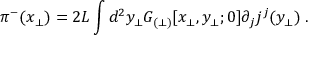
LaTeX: \pi ^ { - } ( x _ { \perp } ) = 2 L \int d ^ { 2 } y _ { \perp } { \cal G } _ { ( \perp ) } [ x _ { \perp } , y _ { \perp } ; 0 ] \partial _ { j } j ^ { j } ( y _ { \perp } ) \; .